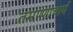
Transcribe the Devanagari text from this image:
तमण्णाचार्य